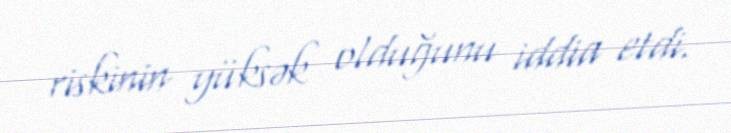
riskinin yüksək olduğunu iddia etdi.